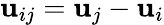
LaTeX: \mathbf{u}_{ij}=\mathbf{u}_{j}-\mathbf{u}_{i}